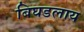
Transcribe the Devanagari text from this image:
बिघडलाय